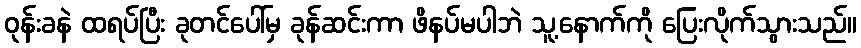
ဝုန်းခနဲ ထရပ်ပြီး ခုတင်ပေါ်မှ ခုန်ဆင်းကာ ဖိနပ်မပါဘဲ သူ့နောက်ကို ပြေးလိုက်သွားသည်။